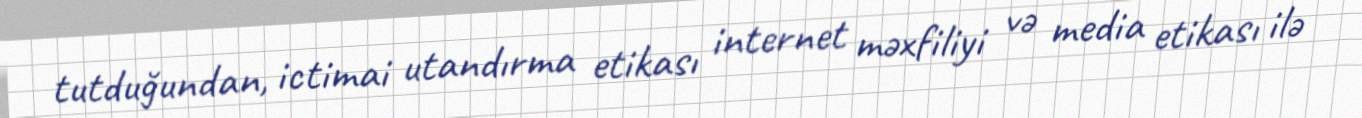
tutduğundan, ictimai utandırma etikası internet məxfiliyi və media etikası ilə